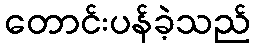
တောင်းပန်ခဲ့သည်